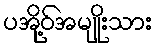
ပအို့ဝ်အမျိုးသား